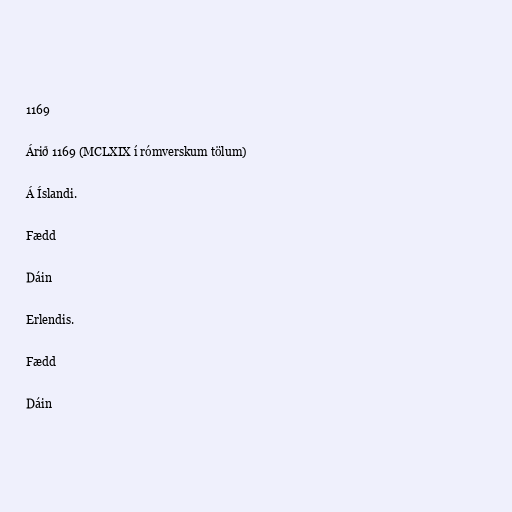
1169

Árið 1169 (MCLXIX í rómverskum tölum)

Á Íslandi.

Fædd

Dáin

Erlendis.

Fædd

Dáin